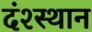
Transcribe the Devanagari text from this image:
दंश्स्थान